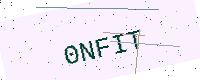
Text: 0NFIT